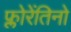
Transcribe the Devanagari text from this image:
फ्लोरेंतिनो